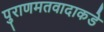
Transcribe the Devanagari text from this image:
पुराणमतवादाकडे